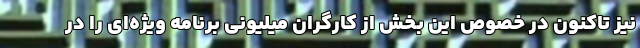
نیز تاکنون در خصوص این بخش از کارگران میلیونی برنامه ویژه‌ای را در